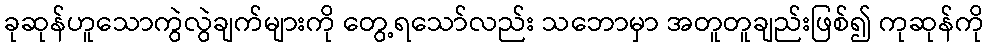
ခုဆုန်ဟူသောကွဲလွဲချက်များကို တွေ့ရသော်လည်း သဘောမှာ အတူတူချည်းဖြစ်၍ ကုဆုန်ကို